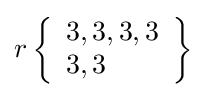
r\left\{{\begin{array}{l}3,3,3,3\\3,3\end{array}}\right\}